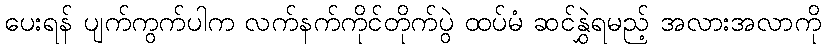
ပေးရန် ပျက်ကွက်ပါက လက်နက်ကိုင်တိုက်ပွဲ ထပ်မံ ဆင်နွှဲရမည့် အလားအလာကို